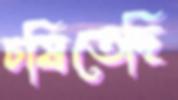
চষিতেছি